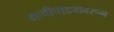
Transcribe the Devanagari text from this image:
माचीपाड्यावरून